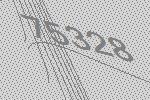
75328